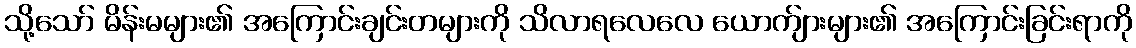
သို့သော် မိန်းမများ၏ အကြောင်းချင်းတများကို သိလာရလေလေ ယောက်ျားများ၏ အကြောင်းခြင်းရာကို